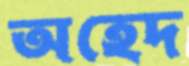
অহেদ